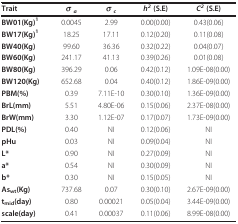
| Trait | σ a | σ c | h2 (S.E) | C2 (S.E) |
 | --- | --- | --- | --- | --- |
 | BW01(Kg)1 | 0.0045 | 2.99 | 0.00(0.00) | 0.43(0.06) |
 | BW17(Kg)1 | 18.25 | 17.11 | 0.12(0.20) | 0.11(0.08) |
 | BW40(Kg) | 99.60 | 36.36 | 0.32(0.22) | 0.04(0.07) |
 | BW60(Kg) | 241.17 | 41.13 | 0.39(0.26) | 0.01(0.08) |
 | BW80(Kg) | 396.29 | 0.06 | 0.42(0.12) | 1.09E-08(0.00) |
 | BW120(Kg) | 652.68 | 0.04 | 0.40(0.12) | 1.86E-09(0.00) |
 | PBM(%) | 0.39 | 7.11E-10 | 0.30(0.10) | 1.36E-09(0.00) |
 | BrL(mm) | 5.51 | 4.80E-06 | 0.15(0.06) | 2.37E-08(0.00) |
 | BrW(mm) | 3.30 | 1.12E-07 | 0.17(0.07) | 1.73E-09(0.00) |
 | PDL(%) | 0.40 | NI | 0.12(0.06) | NI |
 | pHu | 0.03 | NI | 0.09(0.04) | NI |
 | L* | 0.90 | NI | 0.27(0.09) | NI |
 | a* | 0.54 | NI | 0.30(0.09) | NI |
 | b* | 0.30 | NI | 0.15(0.05) | NI |
 | Aswt(Kg) | 737.68 | 0.07 | 0.30(0.10) | 2.67E-09(0.00) |
 | tmid(day) | 0.80 | 0.00021 | 0.05(0.04) | 3.44E-09(0.00) |
 | scale(day) | 0.41 | 0.00037 | 0.11(0.06) | 8.99E-08(0.00) |